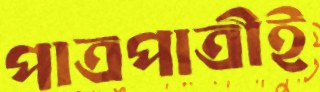
পাত্রপাত্রীই